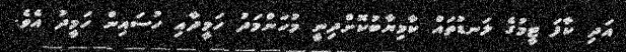
އަދި ކާފަ ޓީމުގެ ލަނޑުތައް ކާމިޔާބުކޮށްދިނީ މުހަންމަދު ހަމީދާއި ހުސައިން ހަމީދު އެވެ.